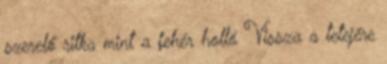
szerelő ritka mint a fehér holló Vissza a tetejére